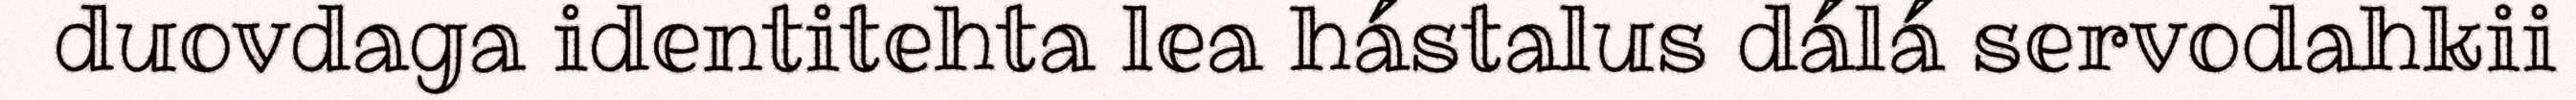
duovdaga identitehta lea hástalus dálá servodahkii